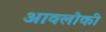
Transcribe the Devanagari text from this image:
आवलोकीं